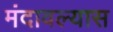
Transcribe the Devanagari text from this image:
मंदावल्यास